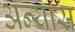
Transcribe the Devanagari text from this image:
अन्यास